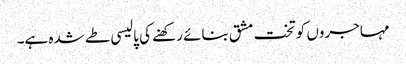
مہاجروں کو تخت مشق بنائے رکھنے کی پالیسی طے شدہ ہے۔